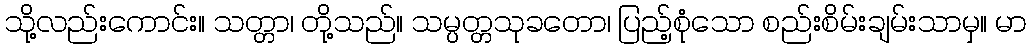
သို့လည်းကောင်း။ သတ္တာ၊ တို့သည်။ သမ္ပတ္တသုခတော၊ ပြည့်စုံသော စည်းစိမ်းချမ်းသာမှ။ မာ